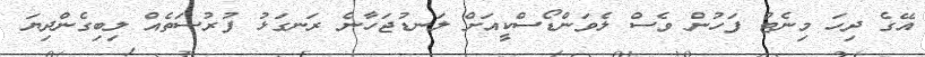
އޭގެ ދިހަ މިނެޓު ފަހުން ވެސް ލެވަންޑޯސްކީއަށް ލަނޑުޖަހާނެ ރަނގަޅު ފުރުސަތެއް ލިބިގެންދިޔަ